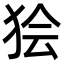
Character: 狯